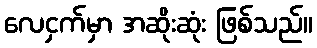
လေငှက်မှာ အဆိုးဆုံး ဖြစ်သည်။